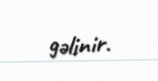
gəlinir.